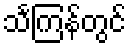
သင်္ကြန်တွင်